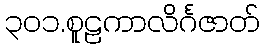
၃၀၁.စူဠကာလိင်္ဂဇာတ်